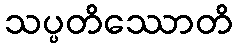
သပ္ပတိဿောတိ